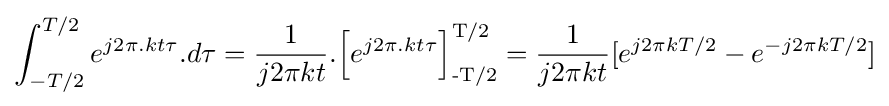
\int _{-T/2}^{T/2}e^{j2\pi .kt\tau }.d\tau ={\frac {1}{j2\pi kt}}.{\Bigl [}e^{j2\pi .kt\tau }{\Bigr ]}_{\text{-T/2}}^{\text{T/2}}={\frac {1}{j2\pi kt}}[e^{j2\pi kT/2}-e^{-j2\pi kT/2}]